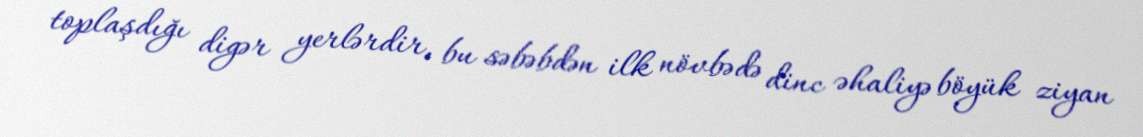
toplaşdığı digər yerlərdir, bu səbəbdən ilk növbədə dinc əhaliyə böyük ziyan